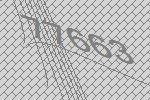
77663